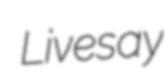
Livesay